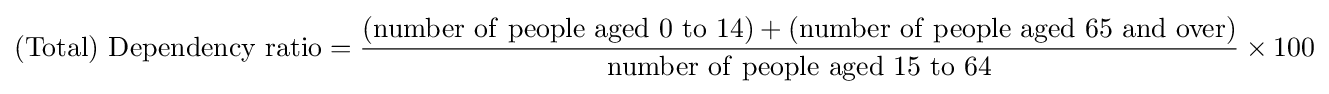
\mathrm {(Total)\ Dependency\ ratio} ={\frac {(\mathrm {number\ of\ people\ aged\ 0\ to\ 14} )+(\mathrm {number\ of\ people\ aged\ 65\ and\ over)} }{\mathrm {number\ of\ people\ aged\ 15\ to\ 64} }}\times 100